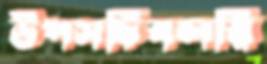
উপসচিবলরি